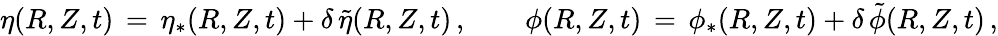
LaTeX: \eta(R,Z,t)\, =\, \eta_{*}(R,Z,t)+\delta\, \tilde{\eta}(R,Z,t)\, ,\qquad\phi(R,Z,t)\, =\, \phi_{*}(R,Z,t)+\delta\, \tilde{\phi}(R,Z,t)\, ,